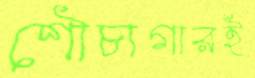
শৌচাগারই